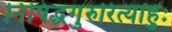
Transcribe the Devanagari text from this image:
निषिद्धगुरुरित्याहुः